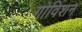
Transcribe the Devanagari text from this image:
गोविशन